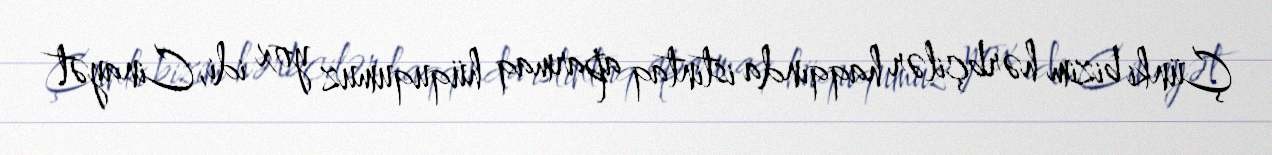
Çünki bizim hərbçilər haqqında istintaq aparmaq hüququmuz yox idi, Cinayət